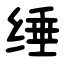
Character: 缍